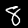
Digit: 8